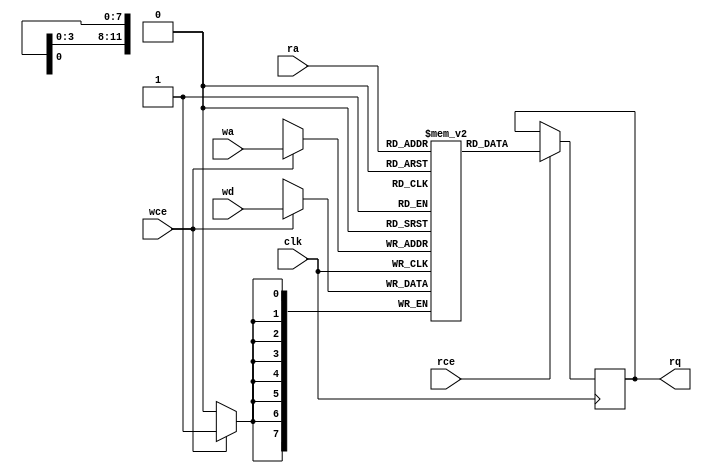
module DRAM (
	clk,
	rce,
	ra,
	rq,
	wce,
	wa,
	wd
);

	parameter D_WIDTH =  8;
	parameter A_WIDTH =  12;
	parameter A_DEPTH = (1 << A_WIDTH);

	input  clk;

	input                      rce;
	input      [A_WIDTH - 1:0] ra;
	output reg [D_WIDTH - 1:0] rq;

	input                      wce;
	input      [A_WIDTH - 1:0] wa;
	input      [D_WIDTH - 1:0] wd;

	reg        [D_WIDTH - 1:0] memory[0:A_DEPTH - 1];

	always @(posedge clk) begin
		if (rce)
			rq <= memory[ra];

		if (wce)
			memory[wa] <= wd;
	end

	integer i;
	initial
	begin
		for(i = 0; i < A_DEPTH; i = i + 1)
			memory[i] = 0;
	end

endmodule